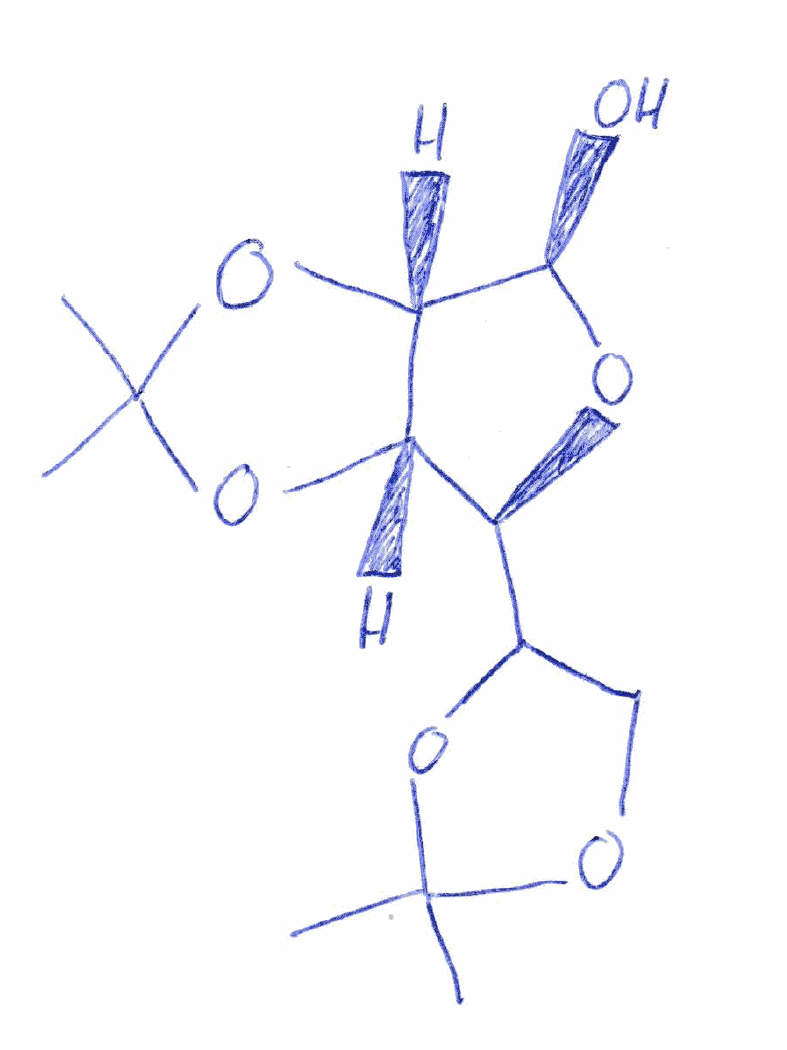
Simplified molecular-input line-entry system (SMILES) notation of the given molecule:
CC1(OCC(O1)[C@H]2[C@H]3[C@@H]([C@H](O2)O)OC(O3)(C)C)C